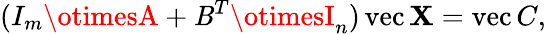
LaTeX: (I_{m}\otimesA+\mathit{B}^{T}\otimesI_{n})\operatorname{vec}\mathbf{X}=\operatorname{vec}C,